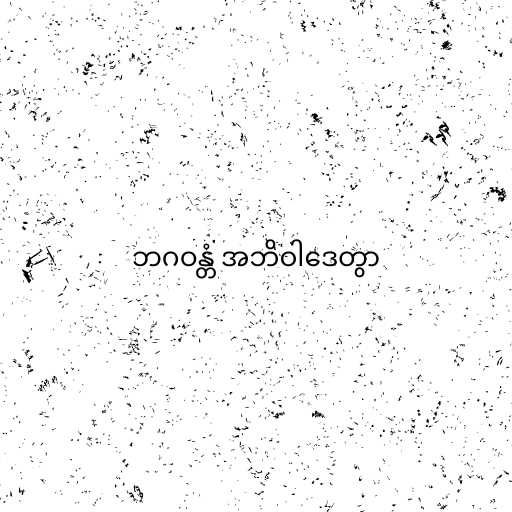
ဘဂဝန္တံ အဘိဝါဒေတွာ